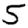
Digit: 5